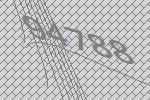
94788